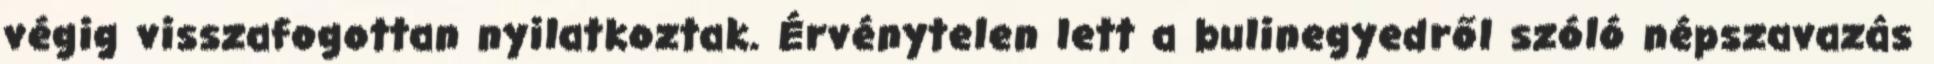
végig visszafogottan nyilatkoztak. Érvénytelen lett a bulinegyedről szóló népszavazás